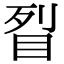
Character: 𥅮